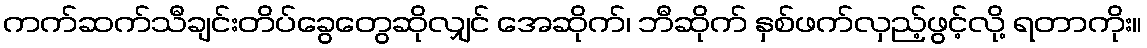
ကက်ဆက်သီချင်းတိပ်ခွေတွေဆိုလျှင် အေဆိုက်၊ ဘီဆိုက် နှစ်ဖက်လှည့်ဖွင့်လို့ ရတာကိုး။